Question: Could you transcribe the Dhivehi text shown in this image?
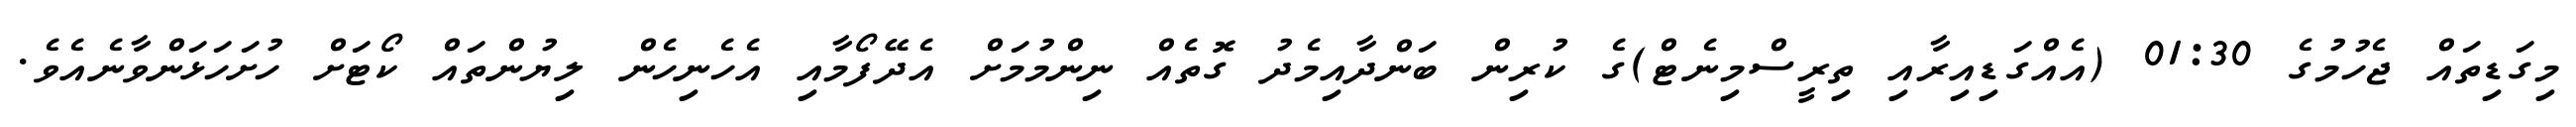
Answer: މިގަޑިތައް ޖެހުމުގެ 01:30 (އެއްގަޑިއިރާއި ތިރީސްމިނެޓް)ގެ ކުރިން ބަންދާއިމެދު ގޮތެއް ނިންމުމަށް އެދޭފޯމާއި އެހެނިހެން ލިޔުންތައް ކޯޓަށް ހުށަހަޅަންވާނެއެވެ.